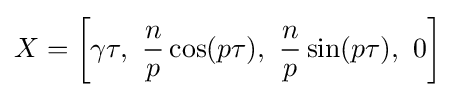
X=\left[\gamma \tau ,\ {\frac {n}{p}}\cos(p\tau ),\ {\frac {n}{p}}\sin(p\tau ),\ 0\right]